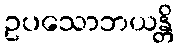
ဥပသောဘယန္တိ